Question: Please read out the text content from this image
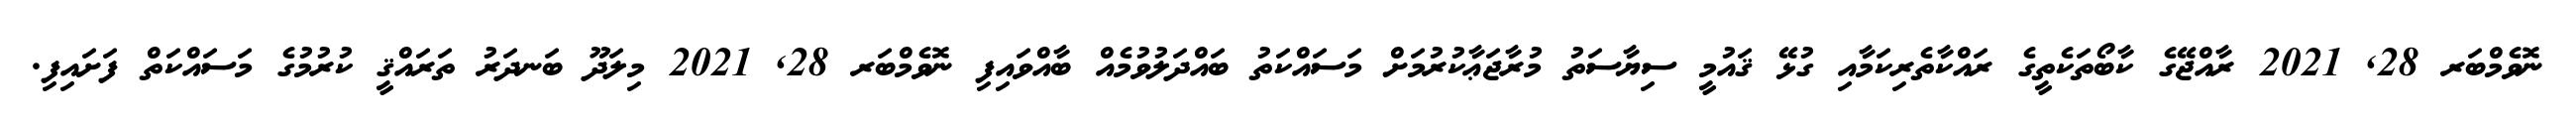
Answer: ނޮވެމްބަރ 28, 2021 ރާއްޖޭގެ ކާބޯތަކެތީގެ ރައްކާތެރިކަމާއި ގުޅޭ ޤައުމީ ސިޔާސަތު މުރާޖަޢާކުރުމަށް މަސައްކަތު ބައްދަލުވުމެއް ބާއްވައިފި ނޮވެމްބަރ 28, 2021 މިލަދޫ ބަނދަރު ތަރައްޤީ ކުރުމުގެ މަސައްކަތް ފަށައިފި.